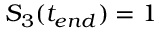
S _ { 3 } ( t _ { e n d } ) = 1